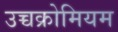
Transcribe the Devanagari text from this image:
उच्चक्रोमियम